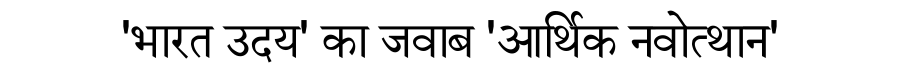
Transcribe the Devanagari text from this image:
'भारत उदय' का जवाब 'आर्थिक नवोत्थान'